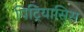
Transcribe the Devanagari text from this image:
पिट्रियासिस